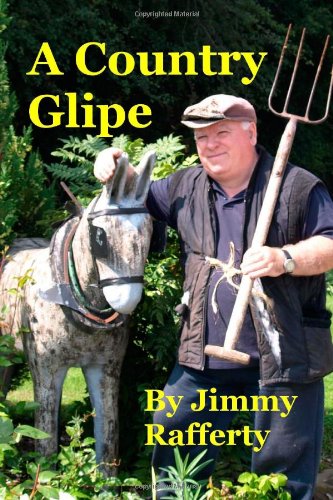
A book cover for A Country Glipe; Mr Jimmy Rafferty; Humor & Entertainment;